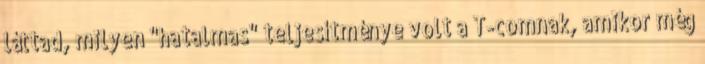
láttad, milyen "hatalmas" teljesítménye volt a T-comnak, amikor még